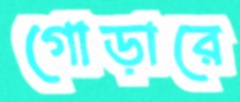
গোড়ারে